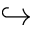
\hookrightarrow